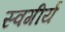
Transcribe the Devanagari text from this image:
स्वगीर्य